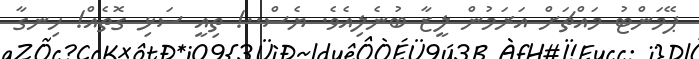
ޕޭމަންޓު މައްޗަށް އަރަމުން ލީޒާ ބުނެލިއެވެ. ޔެސް..! ތިއީ ސަޅި ގޮތެއް! ހިނގާ